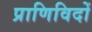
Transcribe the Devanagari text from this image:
प्राणिविदों